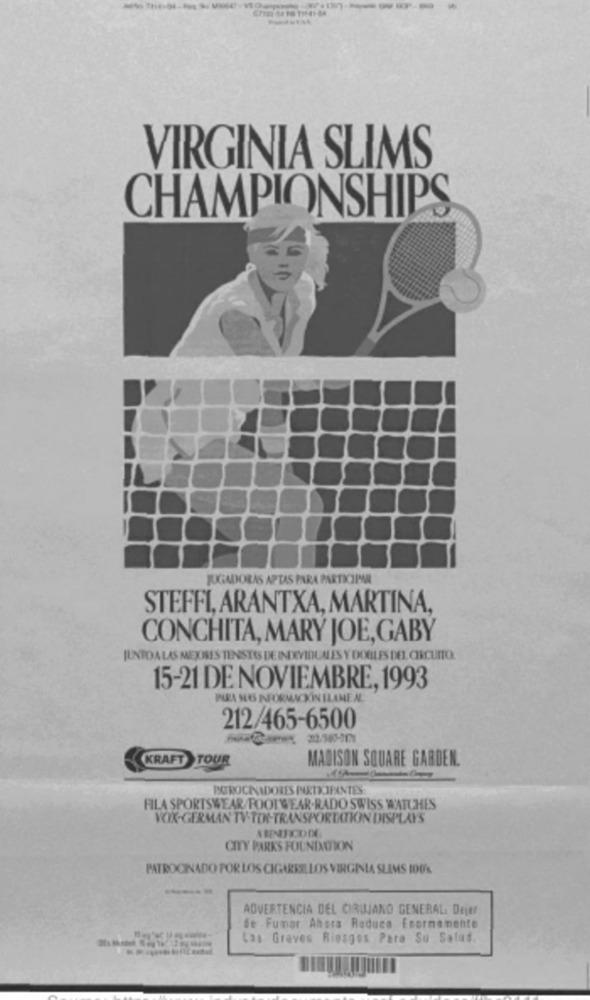
VIRGINIA SLIMS
CHAMPIONSHIPS
JUGADORAS APTAS PARA PARTICIPAR
STEFFI, ARANTXA, MARTINA,
CONCHITA, MARY JOE, GABY
JUNTOA LAS MEJISES TENSIS DEINEXVIDUALES Y DOBLES DEL CIRCUITO
15-21 DE NOVIEMBRE, 1993
PURA SUIS INFORMACKİN ILANEN
212/465-6500
KRAFT TOUR
MADISON SQUARE GARDEN.
PATROCINADORES PARTKIPANTES
FILA SPORTSWEAR/FOOTWEAR.RADO SWISS WATCHES
VOIX-GERMAN TV-TO-TRANSPORTATION DISPLAYS
CITY PARKS FOUNDATION
PATROCINADO POR LOS CIGARRILLOS VIRGINIA SLIMS 100%
ADVERTENCIA DEL CIRUJANO GENERAL. Dejer
de Fumar Ahora Reduce Enormemente
Las Graves Riesgos Para Su Salud.